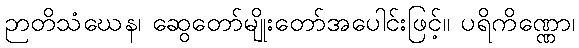
ဉာတိသံဃေန၊ ဆွေတော်မျိုးတော်အပေါင်းဖြင့်။ ပရိကိဏ္ဏော၊